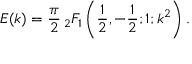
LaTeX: E ( k ) = { \frac { \pi } { 2 } } \, { } _ { 2 } F _ { 1 } \left( { \frac { 1 } { 2 } } , - { \frac { 1 } { 2 } } ; 1 ; k ^ { 2 } \right) .